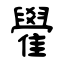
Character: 雤